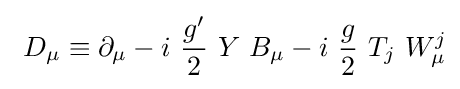
\ D_{\mu }\equiv \partial _{\mu }-i\ {\frac {g'}{2}}\ Y\ B_{\mu }-i\ {\frac {g}{2}}\ T_{j}\ W_{\mu }^{j}